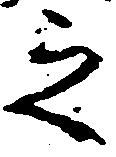
之